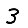
Digit: 3